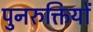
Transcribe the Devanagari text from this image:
पुनरुक्तियों